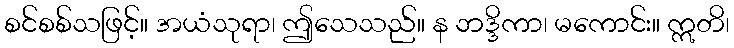
စင်စစ်သဖြင့်။ အယံသုရာ၊ ဤသေသည်။ န ဘဒ္ဒိကာ၊ မကောင်း။ ဣတိ၊